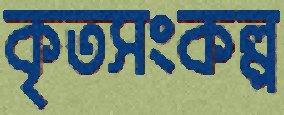
কৃতসংকল্প